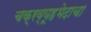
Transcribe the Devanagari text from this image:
चक्रव्यूहभेदाचा